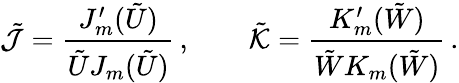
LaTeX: \tilde{\mathcal{J}}=\frac{J_{m}^{\prime}(\tilde{U})}{\tilde{U}J_{m}(\tilde{U})}\, ,\qquad\tilde{\mathcal{K}}=\frac{K_{m}^{\prime}(\tilde{W})}{\tilde{W}K_{m}(\tilde{W})}\, .